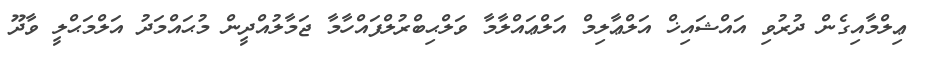
ޢިލްމާއިގެން ދުރުވި އައްޝައިޚް އަލްޢާލިމް އަލްޢައްލާމާ ވަލްޙިބްރުލްފައްހާމާ ޖަމާލުއްދީން މުޙައްމަދު އަލްމަޙްލީ ވާދޫ